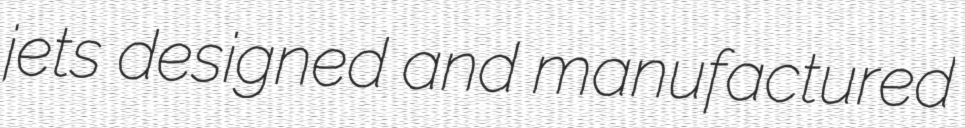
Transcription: jets designed and manufactured